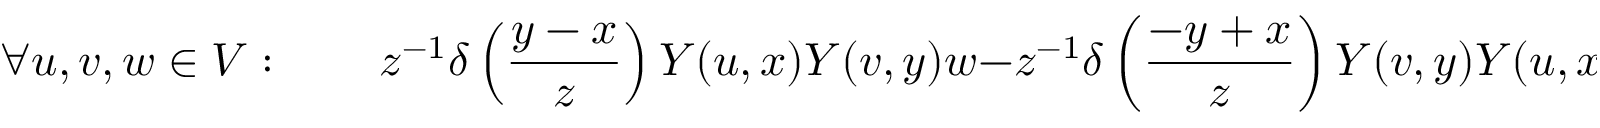
\forall u , v , w \in V : \qquad z ^ { - 1 } \delta \left( { \frac { y - x } { z } } \right) Y ( u , x ) Y ( v , y ) w - z ^ { - 1 } \delta \left( { \frac { - y + x } { z } } \right) Y ( v , y ) Y ( u , x ) w = y ^ { - 1 } \delta \left( { \frac { x + z } { y } } \right) Y ( Y ( u , z ) v , y ) w ,